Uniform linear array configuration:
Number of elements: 24
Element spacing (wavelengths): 0.25
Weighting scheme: binomial
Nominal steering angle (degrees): -60
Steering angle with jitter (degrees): -58.8
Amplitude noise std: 0.05
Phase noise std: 0.05

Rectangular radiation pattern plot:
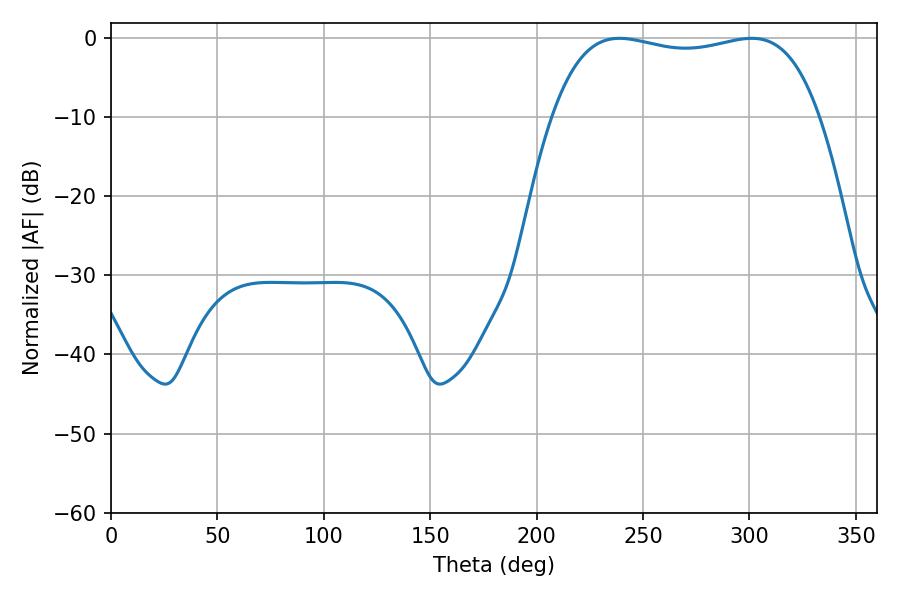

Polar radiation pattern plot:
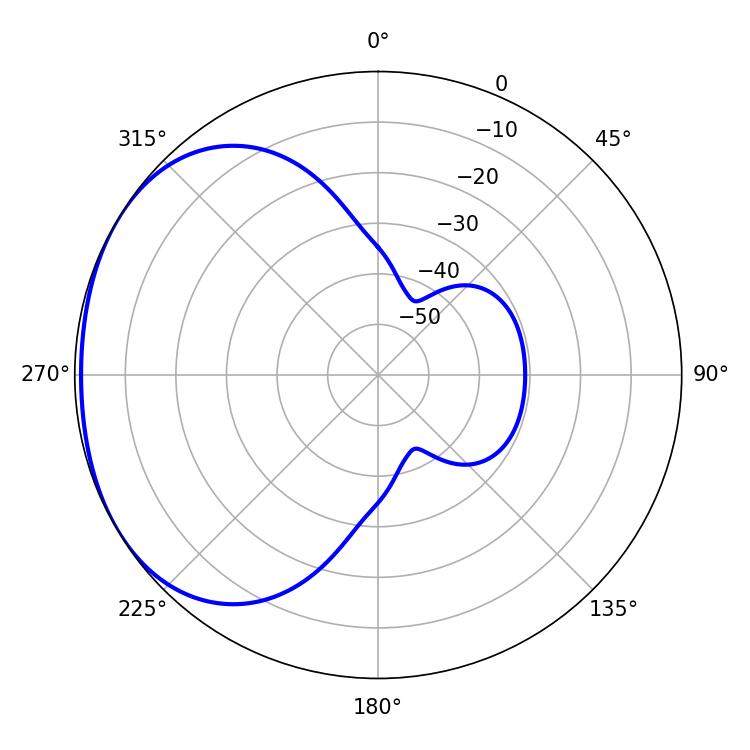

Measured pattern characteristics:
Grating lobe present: FALSE
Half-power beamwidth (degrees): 101.16
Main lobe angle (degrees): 238.86